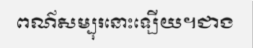
ពណ៌សម្បុរនោះឡើយ។ជាង